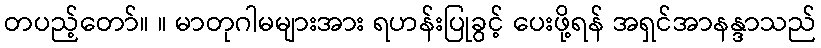
တပည့်တော်။ ။ မာတုဂါမများအား ရဟန်းပြုခွင့် ပေးဖို့ရန် အရှင်အာနန္ဒာသည်